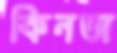
কিনতা